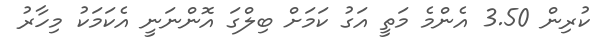
ކުރިން 3.50 އެންމެ މަތީ އަގު ކަމަށް ބިލްގަ އޮންނަނީ އެކަމަކު މިހާރު